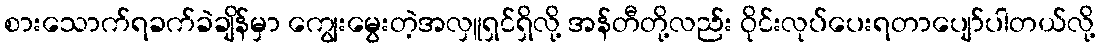
စားသောက်ရခက်ခဲချိန်မှာ ကျွေးမွေးတဲ့အလှူရှင်ရှိလို့ အန်တီတို့လည်း ဝိုင်းလုပ်ပေးရတာပျော်ပါတယ်လို့